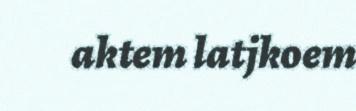
aktem latjkoem